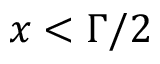
x < \Gamma / 2